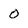
Character: 0